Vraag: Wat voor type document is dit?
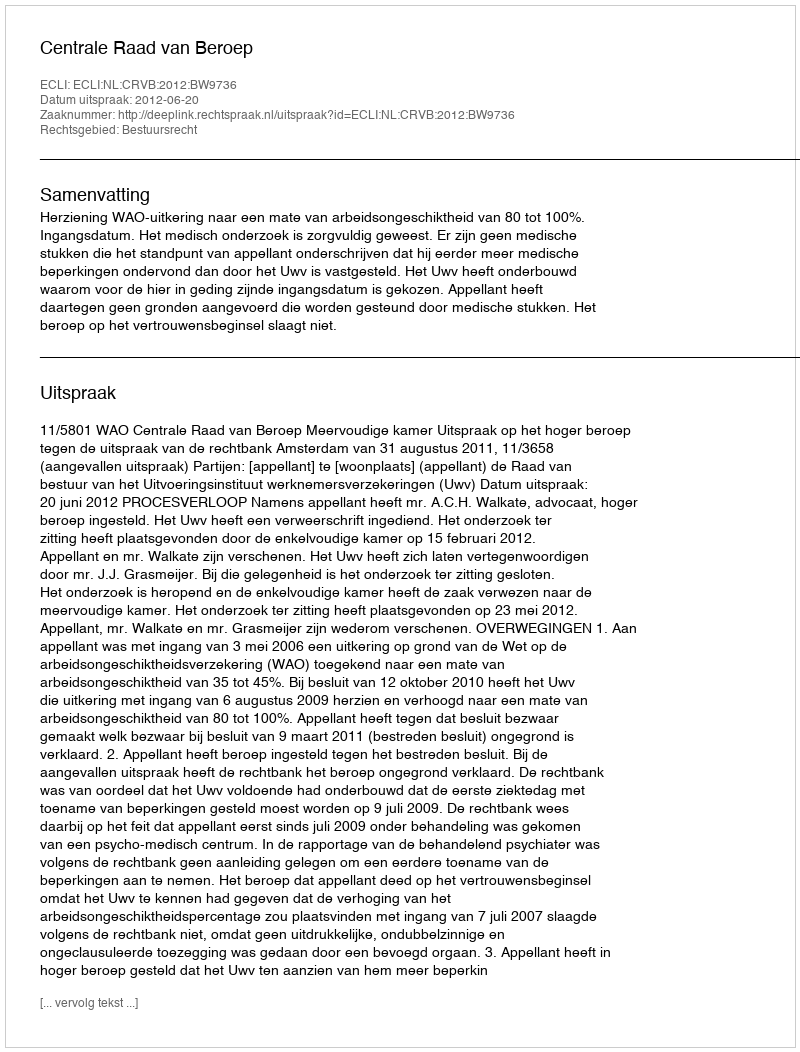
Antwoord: Uitspraak